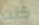
كنت